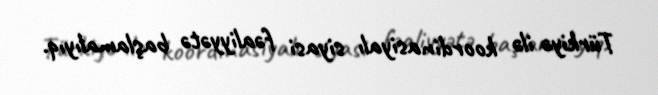
Türkiyə ilə koordinasiyalı siyasi fəaliyyətə başlamalıyıq.